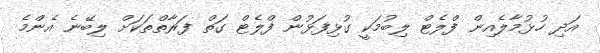
އަދި ހުޅުމާލެއިން ފްލެޓް ލިބުމަކީ ގުޅިފަޅުން ފްލެޓް ގަތް ފަރާތްތަކަށް ލިބޭނެ އެންމެ